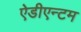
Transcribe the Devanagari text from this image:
ऐडीएन्टम